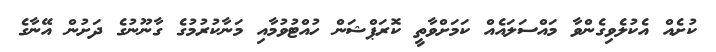
ކުށެއް އެކުލެވިގެންވާ މައްސަލައެއް ކަމަށްވާތީ ކޮރަޕްޝަން ހުއްޓުވުމާއި މަނާކުރުމުގެ ގާނޫނުގެ ދަށުން އޭނާގެ